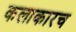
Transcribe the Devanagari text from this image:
कलाकारच